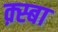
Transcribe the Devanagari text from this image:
क़्स्बा